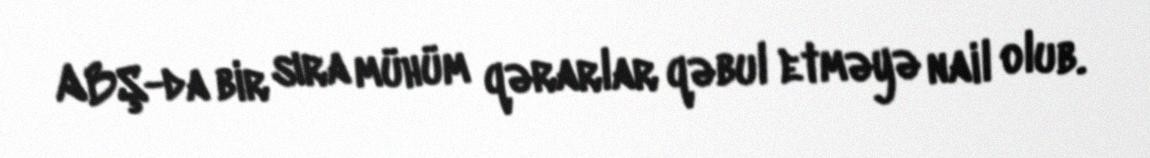
ABŞ-da bir sıra mühüm qərarlar qəbul etməyə nail olub.